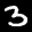
Label: 3